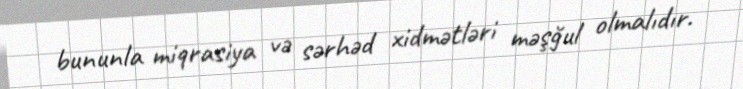
bununla miqrasiya və sərhəd xidmətləri məşğul olmalıdır.